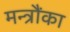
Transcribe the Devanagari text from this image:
मन्त्रौंका